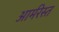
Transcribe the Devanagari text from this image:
आर्मरेस्त